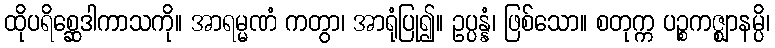
ထိုပရိစ္ဆေဒါကာသကို။ အာရမ္မဏံ ကတွာ၊ အာရုံပြု၍။ ဥပ္ပန္နံ၊ ဖြစ်သော။ စတုက္က ပဉ္စကဇ္ဈာနမ္ပိ၊